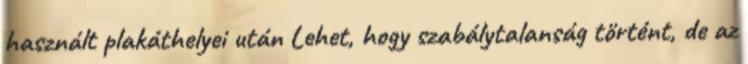
használt plakáthelyei után Lehet, hogy szabálytalanság történt, de az